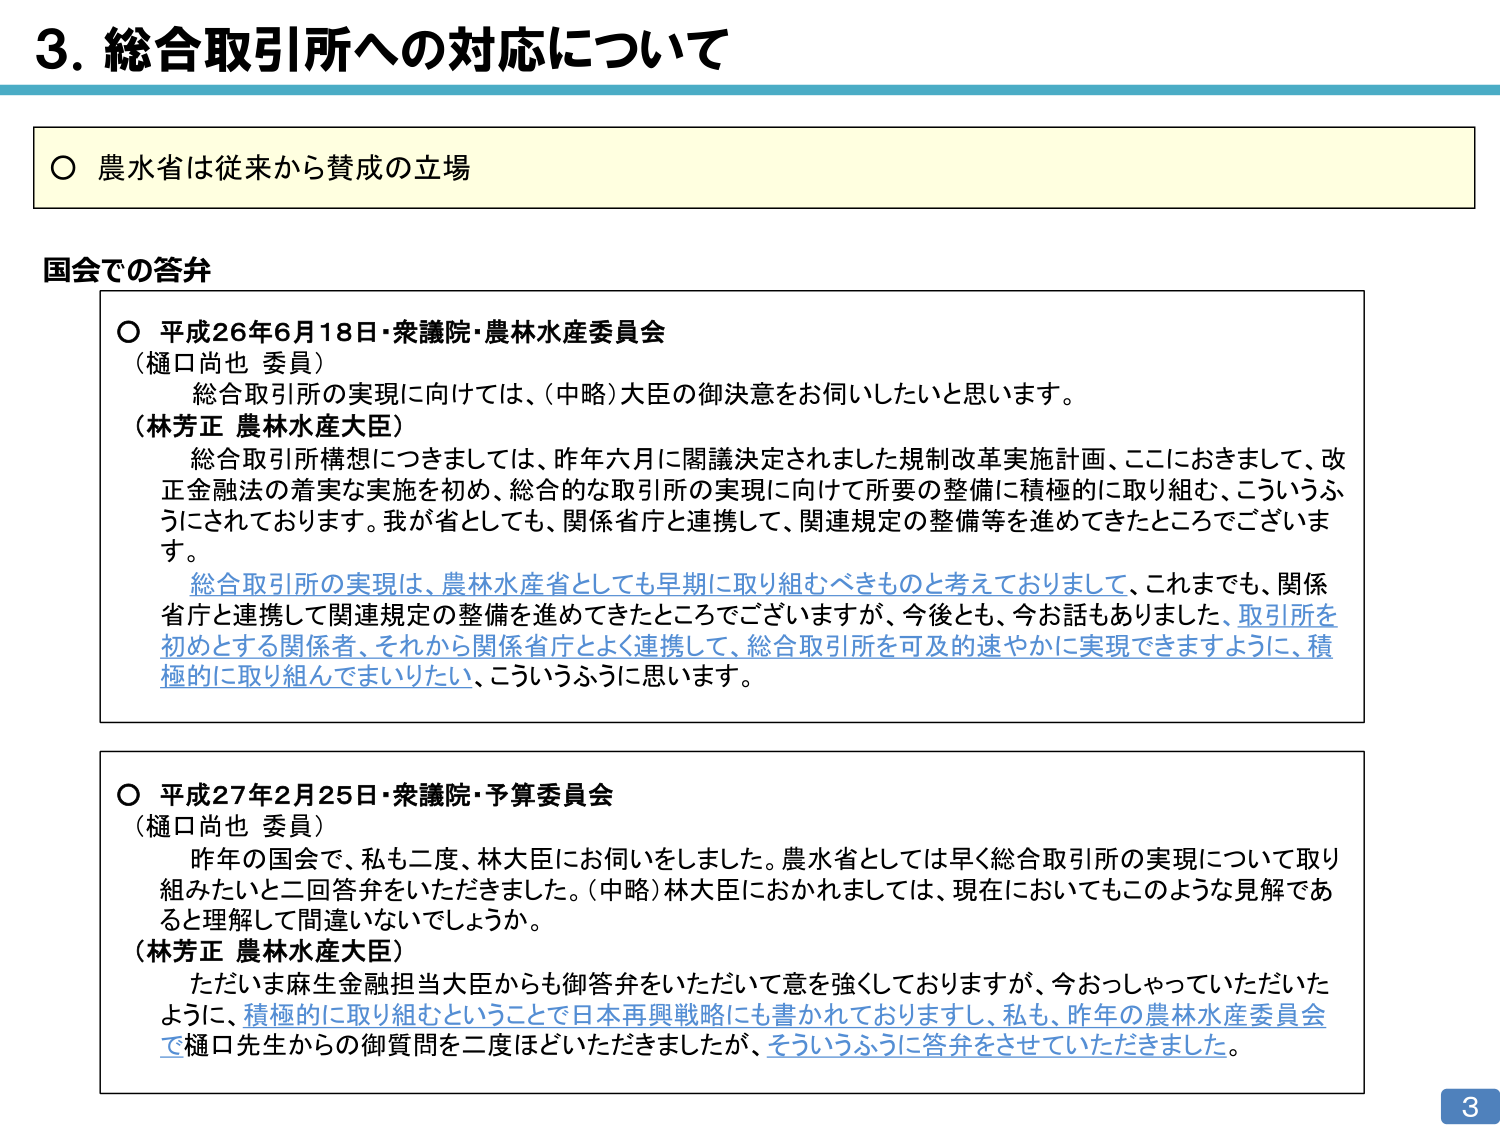
3. 総合取引所への対応について

○ 農水省は従来から賛成の立場

国会での答弁

○ 平成26年6月18日・衆議院・農林水産委員会
（樋口尚也 委員）
　総合取引所の実現に向けては、（中略）大臣の御決意をお伺いしたいと思います。
（林芳正 農林水産大臣）
　総合取引所構想につきましては、昨年六月に閣議決定されました規制改革実施計画、ここにおきまして、改正金融法の着実な実施を初め、総合的な取引所の実現に向けて所要の整備に積極的に取り組む、こういうふうにされております。我が省としても、関係省庁と連携して、関連規定の整備等を進めてきたところでございます。
　総合取引所の実現は、農林水産省としても早期に取り組むべきものと考えておりまして、これまでも、関係省庁と連携して関連規定の整備を進めてきたところでございますが、今後とも、今お話もありました、取引所を初めとする関係者、それから関係省庁とよく連携して、総合取引所を可及的速やかに実現できますように、積極的に取り組んでまいりたい、こういうふうに思います。

○ 平成27年2月25日・衆議院・予算委員会
（樋口尚也 委員）
　昨年の国会で、私も二度、林大臣にお伺いをしました。農水省としては早く総合取引所の実現について取り組みたいと二回答弁をいただきました。（中略）林大臣におかれましては、現在においてもこのような見解であると理解して間違いないでしょうか。
（林芳正 農林水産大臣）
　ただいま麻生金融担当大臣からも御答弁をいただいて意を強しておりますが、今おっしゃっていただいたように、積極的に取り組むということで日本再興戦略にも書かれておりますし、私も、昨年の農林水産委員会で樋口先生からの御質問を二度ほどいただきましたが、そういうふうに答弁をさせていただきました。

3